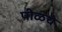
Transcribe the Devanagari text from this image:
पीळचे